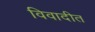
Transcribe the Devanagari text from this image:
विवादीत